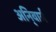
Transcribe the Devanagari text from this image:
अनि्वार्य